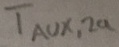
Text: TAUX,2a